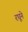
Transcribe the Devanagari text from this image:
रघूने